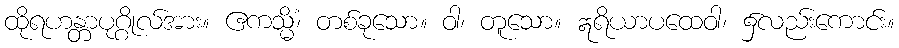
ထိုရဟန္တာပုဂ္ဂိုလ်အား။ ဧကသ္မိံ၊ တစ်ခုသော။ ဝါ၊ တူသော။ ဣရိယာပထေဝါ၊ ၌လည်းကောင်း။